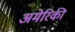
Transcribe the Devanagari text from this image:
अमेेरिकी